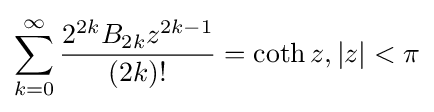
\sum _{k=0}^{\infty }{\frac {2^{2k}B_{2k}z^{2k-1}}{(2k)!}}=\coth z,|z|<\pi